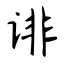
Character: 诽